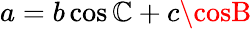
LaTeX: a=b\cos\mathbb{C}+c\cosB